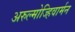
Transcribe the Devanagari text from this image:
अरुल्मोज्हिवार्मन